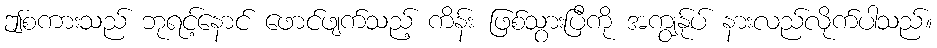
ဤစကားသည် ဘုရင့်နောင် ဖောင်ဖျက်သည့် ကိန်း ဖြစ်သွားပြီကို အကျွန်ုပ် နားလည်လိုက်ပါသည်။